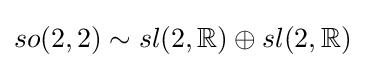
so(2,2)\sim sl(2,\mathbb {R} )\oplus sl(2,\mathbb {R} )